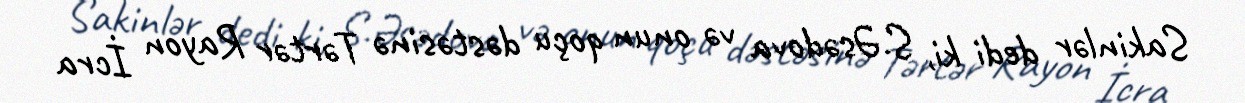
Sakinlər dedi ki, S.Əsədova və onun qoçu dəstəsinə Tərtər Rayon İcra